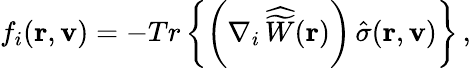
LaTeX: f_{i}({\mathbf r},{\mathbf v})=-Tr\left\{ \bigg(\nabla_{i}\, {\widehat{\widetilde W}}({\mathbf r})\bigg)\, {\hat{\sigma}}({\mathbf r},{\mathbf v})\right\} \, ,